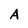
Character: A